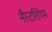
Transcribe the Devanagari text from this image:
नैस्टर्शियम